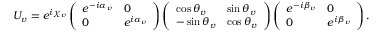
U _ { v } = e ^ { i \chi _ { v } } \left( \begin{array} { l l } { { e ^ { - i \alpha _ { v } } } } & { { 0 } } \\ { { 0 } } & { { e ^ { i \alpha _ { v } } } } \end{array} \right) \left( \begin{array} { l l } { { \cos \theta _ { v } } } & { { \sin \theta _ { v } } } \\ { { - \sin \theta _ { v } } } & { { \cos \theta _ { v } } } \end{array} \right) \left( \begin{array} { l l } { { e ^ { - i \beta _ { v } } } } & { { 0 } } \\ { { 0 } } & { { e ^ { i \beta _ { v } } } } \end{array} \right) .